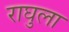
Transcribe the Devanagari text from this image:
राघुला